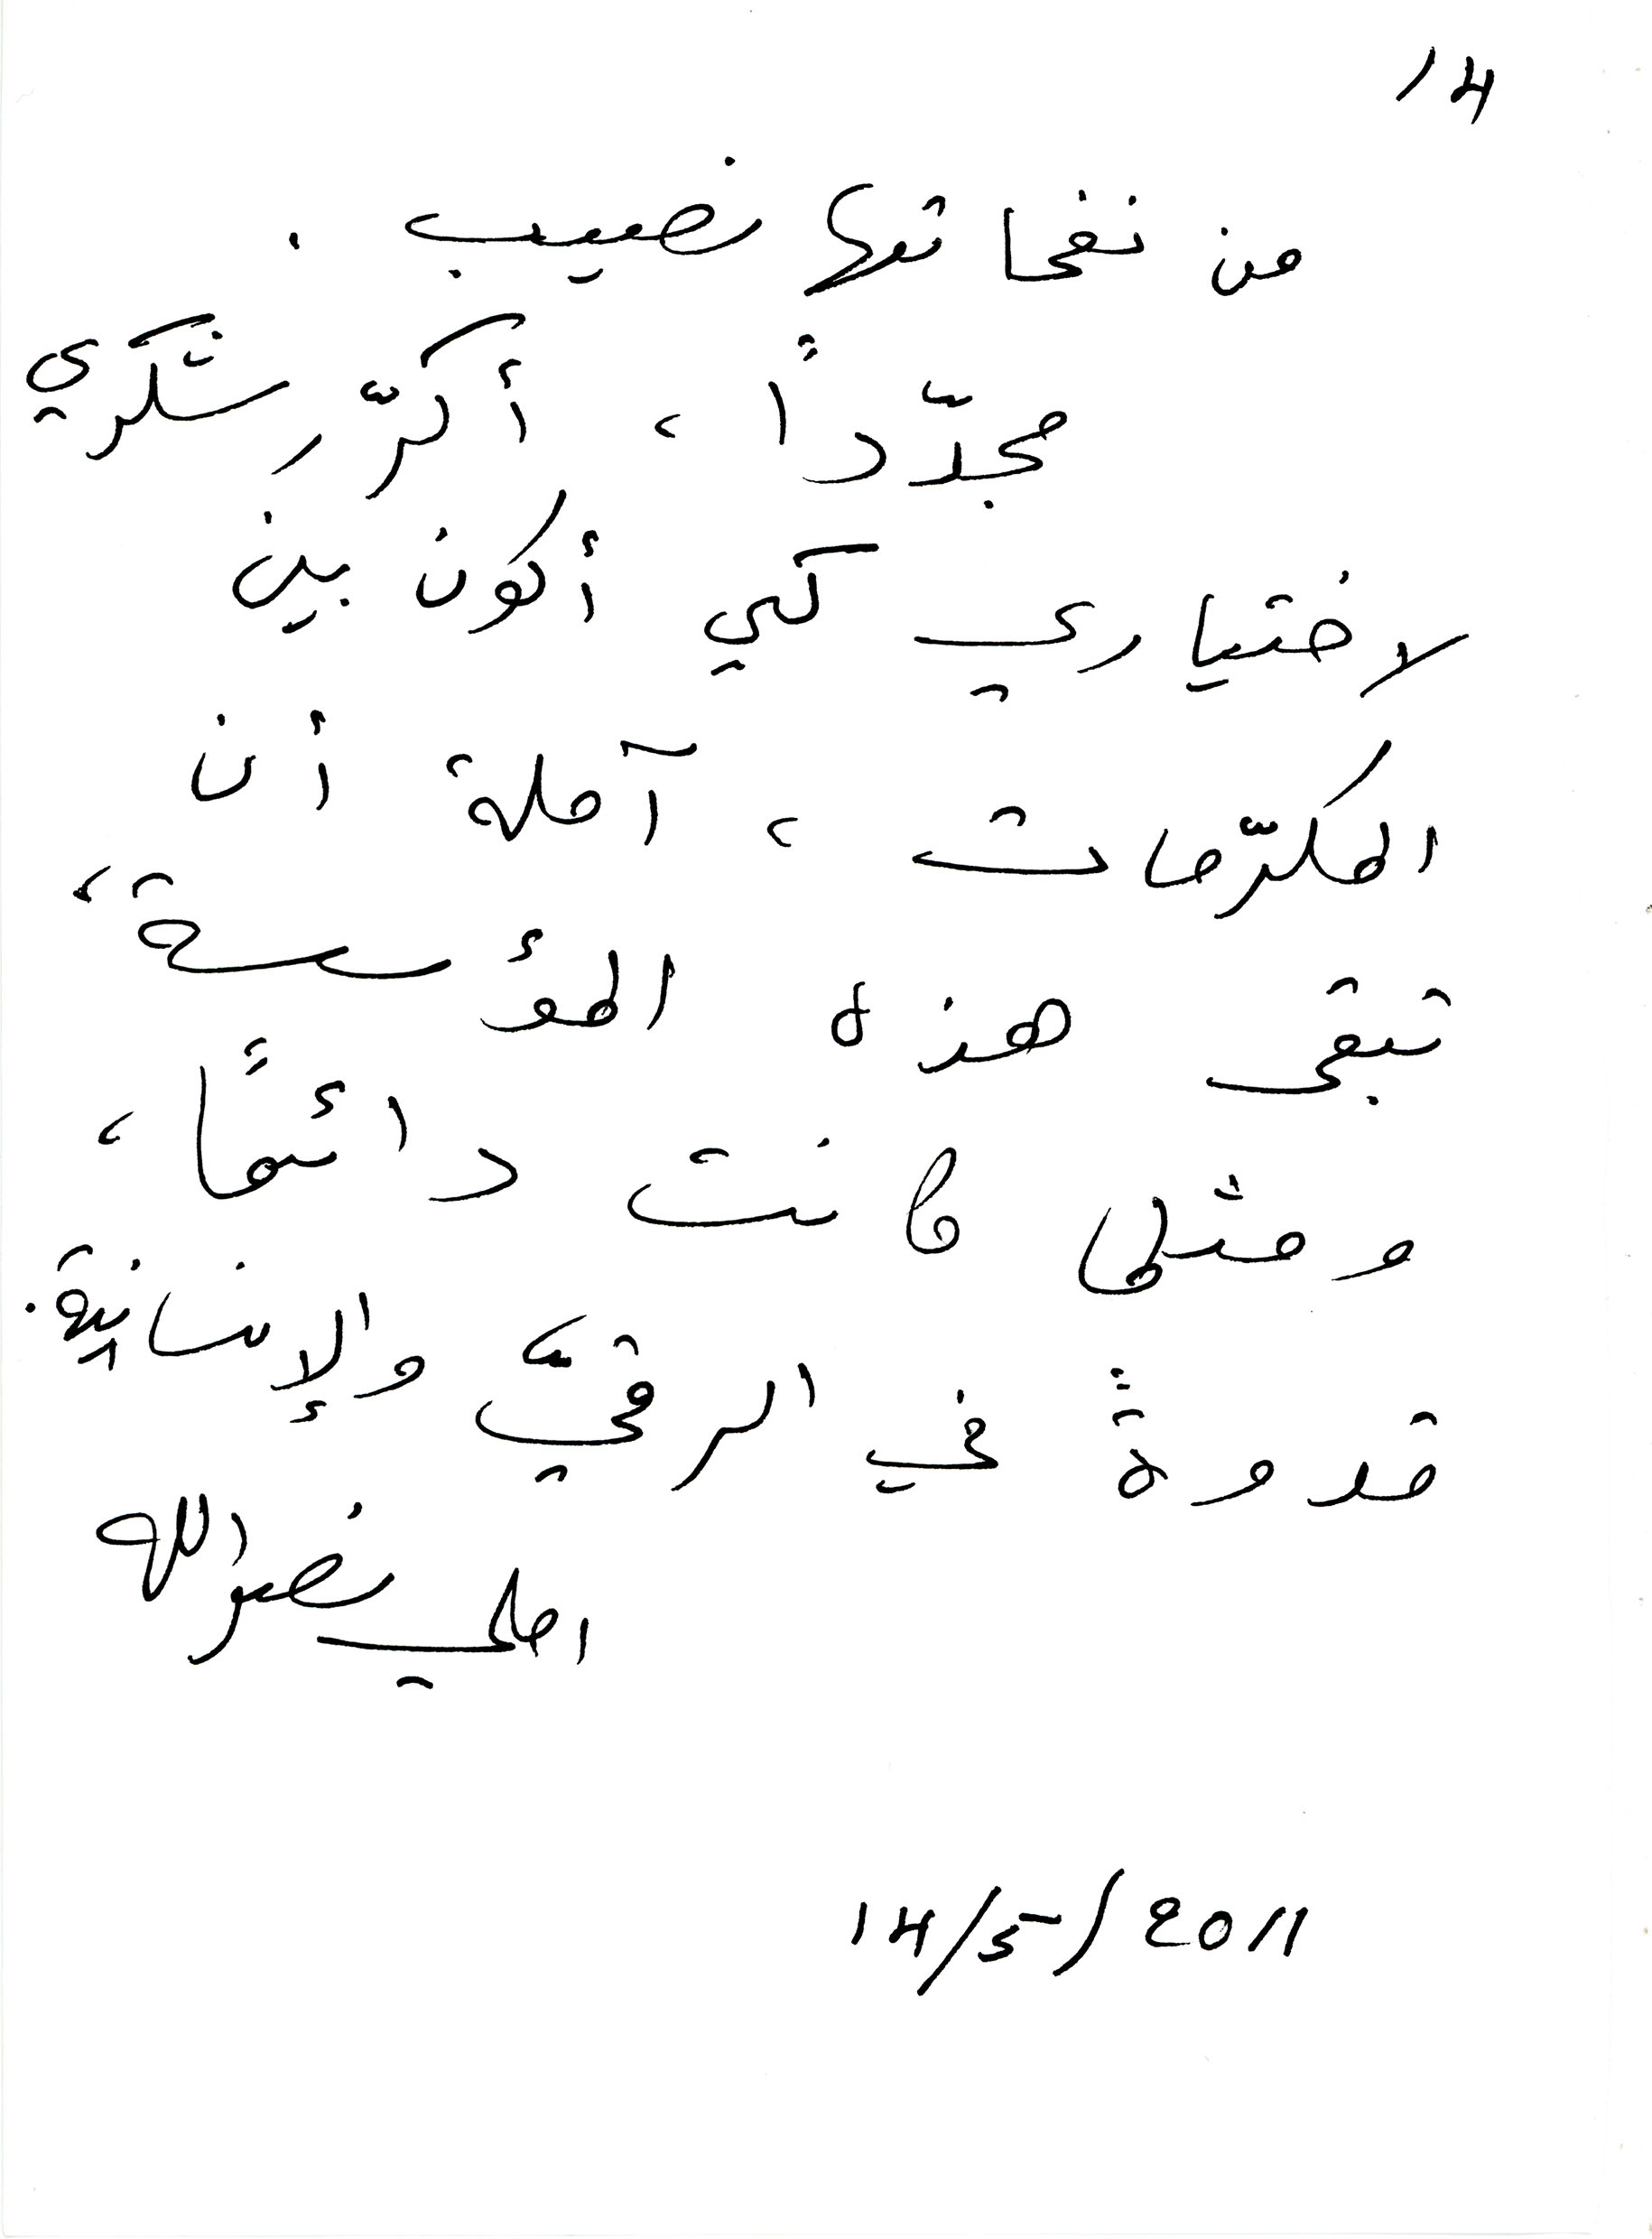
14
من نفحاتها نصيب.
مجدّداً ، أكرّر شكري
لاختياري كي أكون بين
المكرّمات، آملة أن
تبقى هذه المؤسسة ،
ومثلما كانت دائمًا،
قدوةً في الرقيّ والإنسانية.
املي نصرالله
14/5/2011